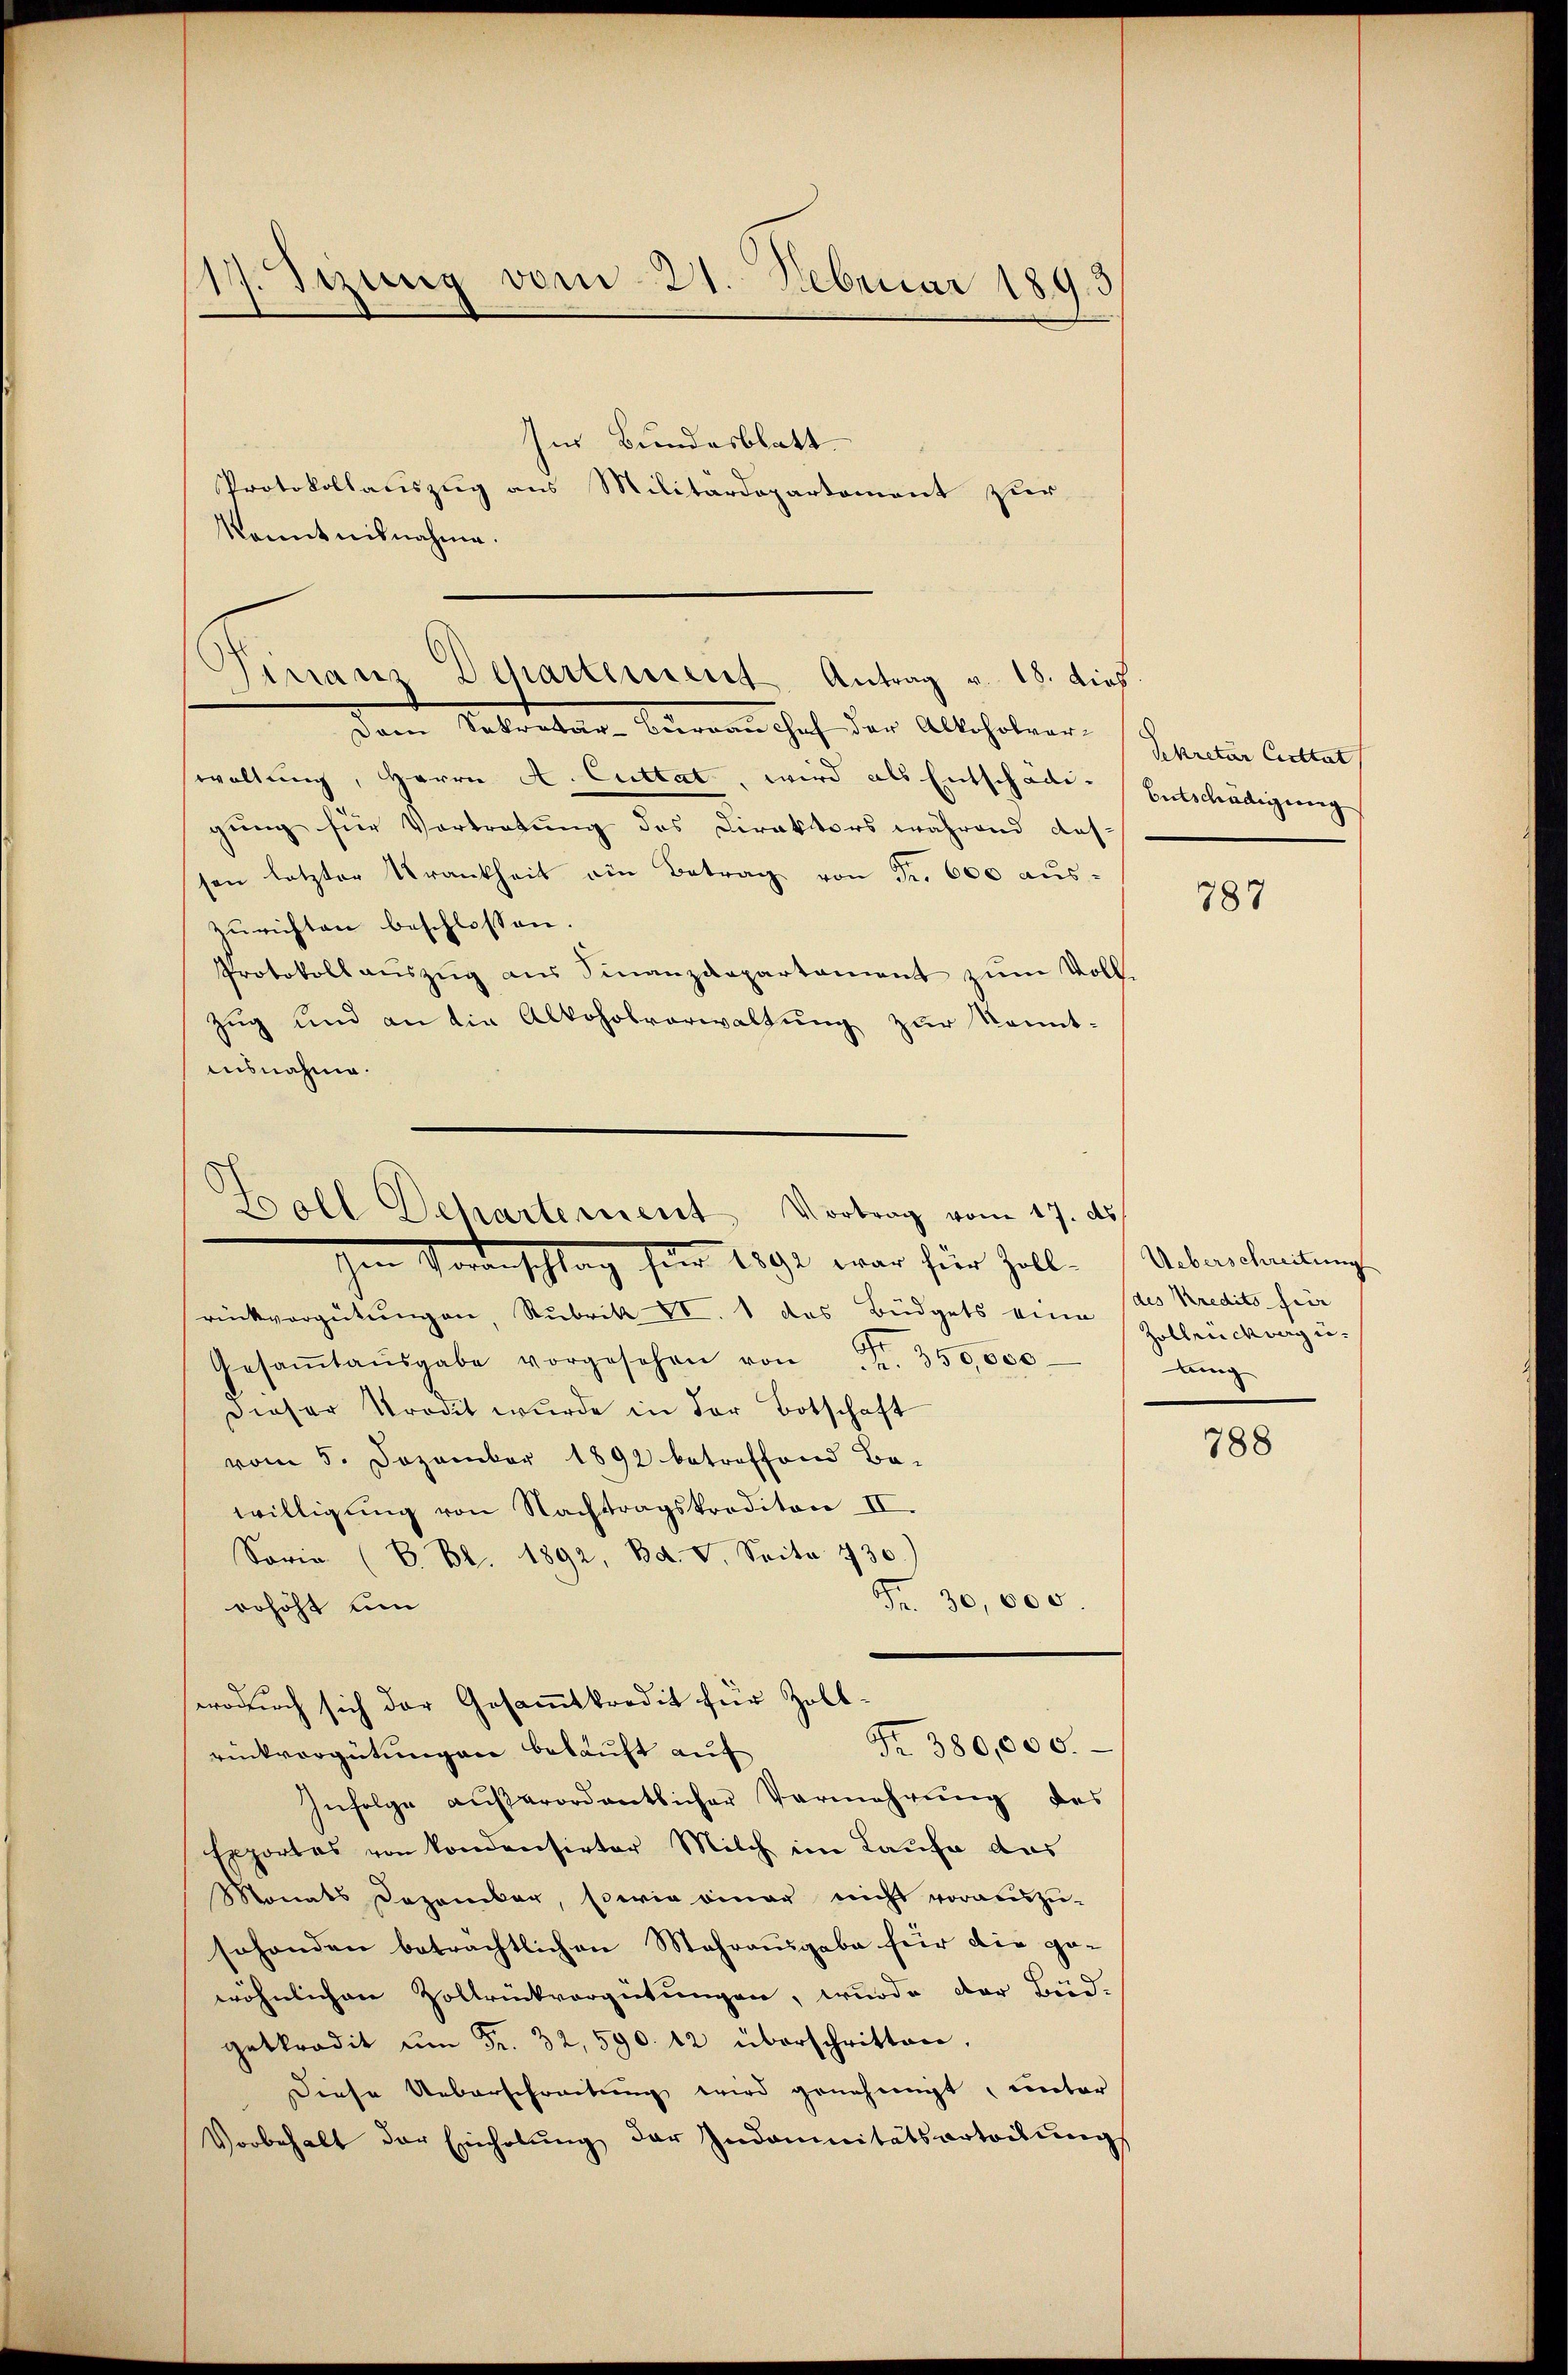
117. Sizung vom 21. Februar 1893
.

Im Bundesblatt
Protokollauszug aus Militärdepartement zur
kanntnisnahme.

Finanz Dehartement, Antrag v. 18. dies
dem Kolontare Bereinshof der Allholzer (Schulen Catal

waltung, Herrn A. Cuttat, wird als Entschade. Entschädigung
gung für Vortretung des Direktors während Aus-
sen letzter Krankheit ein Betrag von Fr. 600 aŭs-
zurichten beschlossen.
Protokoll aŭszŭg aŭs Finanzdepartament zum Voll-
Zug und an die Alkoholverwaltung zur kannt-
Ausnahme.

Goll Dehartement Vortrag vom 17. ds.
Voranschlag für 1891 war für Zoll-

wodurch sich der Gesammtkredit für Zoll¬

Fr. 380,000.

rückvergütŭngen, Rubrik VI. 1 das Büdgets eine des Kredits für
Gesaṁtaŭsgabe vorgesehen von Fr. 350,000.
Dieser Strodet wurde in der Botschaft
vom 5. Dezember 1892 betreffend Ba-
willigung von Nachtragskrediton II.
Sorie (S. Bl. 1892, Bd. V. Seite 730.)
Fr. 30,000.
erhöht um
rückvergütungen bekauft auf
Infolge aŭβerordentlicher Vermehrŭng des
Exportas von kondensirter Milch im Laufe das
Monats Dezember, sowie einer nicht vorauszu-
sohanden beträchtlichen Mahrausgabe für die ge-
wöhnlichen Zollrückvergütungen, wurde der Bud-
getkredit ŭm Fr. 32,590. 12 überschritten.
Diese Ueberschreitŭng wird genehmigt, unter
Vorbehalt der Einholŭng der Indoŭnitätsartodŭng

784

Ueberschreitung
Zollrich vergelung

788